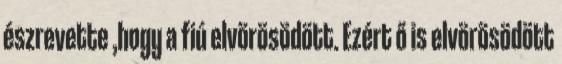
észrevette ,hogy a fiú elvörösödött. Ezért ő is elvörösödött